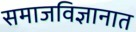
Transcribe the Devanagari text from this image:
समाजविज्ञानात